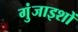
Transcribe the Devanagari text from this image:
गुंजाइशों